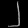
Digit: ၂